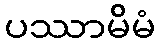
ပဿာမိမံ